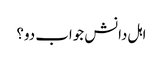
اہل دانش جواب دو؟